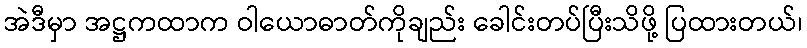
အဲဒီမှာ အဋ္ဌကထာက ဝါယောဓာတ်ကိုချည်း ခေါင်းတပ်ပြီးသိဖို့ ပြထားတယ်၊